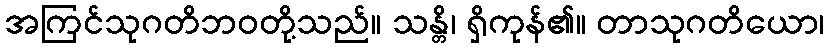
အကြင်သုဂတိဘဝတို့သည်။ သန္တိ၊ ရှိကုန်၏။ တာသုဂတိယော၊